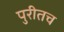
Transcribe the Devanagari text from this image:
पुरीतच